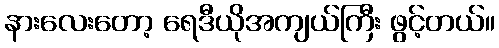
နားလေးတော့ ရေဒီယိုအကျယ်ကြီး ဖွင့်တယ်။